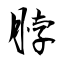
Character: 脖